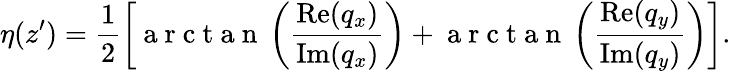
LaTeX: \eta(z^{\prime})=\frac{1}{2}\left[\mathrm{~a~r~c~t~a~n~}\left(\frac{\operatorname{Re}(q_{x})}{\operatorname{Im}(q_{x})}\right)+\mathrm{~a~r~c~t~a~n~}\left(\frac{\operatorname{Re}(q_{y})}{\operatorname{Im}(q_{y})}\right)\right].